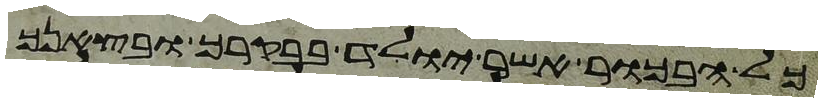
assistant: כל הבכור אשר יולד בבקרך ובצאנך